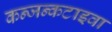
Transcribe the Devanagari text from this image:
कन्जन्कटाइवा